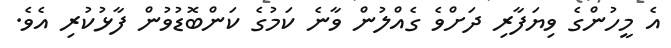
އެ މީހުންގެ ވިޔަފާރި ދަށްވެ ގެއްލުން ވާނެ ކަމުގެ ކަންބޮޑުވުން ފާޅުކުރި އެވެ.